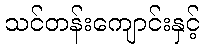
သင်တန်းကျောင်းနှင့်